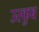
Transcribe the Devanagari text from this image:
उस्कुब